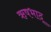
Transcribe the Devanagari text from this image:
ऋषभाद्